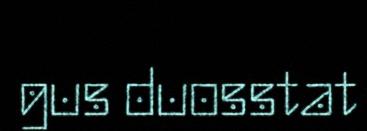
gus duosstat